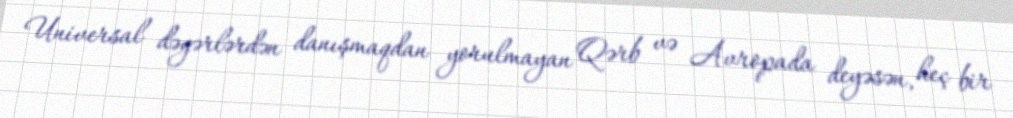
Universal dəyərlərdən danışmaqdan yorulmayan Qərb və Avropada deyəsən, heç bir